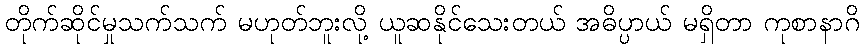
တိုက်ဆိုင်မှုသက်သက် မဟုတ်ဘူးလို့ ယူဆနိုင်သေးတယ် အဓိပ္ပာယ် မရှိတာ ကုစာနာဂိ